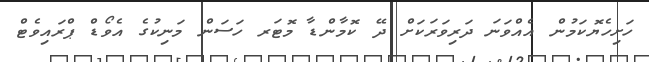
ހަށިހެޔޮކަމުން އެއްވަނަ ދަރިވަރަކަށް ދޭ ކޮމާންޑާ މޮޓަރ ހަސަން މަނިކުގެ އެވޯޑް ޕްރައިވެޓް